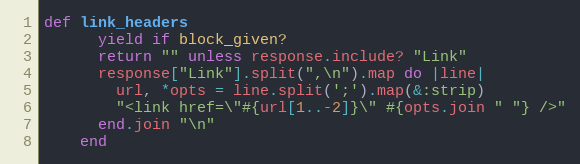
Language: Ruby
def link_headers
      yield if block_given?
      return "" unless response.include? "Link"
      response["Link"].split(",\n").map do |line|
        url, *opts = line.split(';').map(&:strip)
        "<link href=\"#{url[1..-2]}\" #{opts.join " "} />"
      end.join "\n"
    end